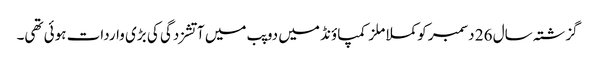
گزشتہ سال 26 دسمبر کو کملا ملز کمپاؤنڈ میں دو پب میں آتشزدگی کی بڑی واردات ہوئی تھی۔